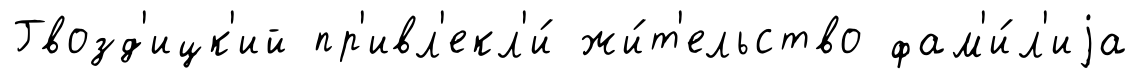
Гвозд'ицк'ий пр'ивл'екл'и́ жи́т'ельство фам'и́л'иjа